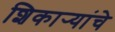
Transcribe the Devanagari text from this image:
शिकार्‍यांचे